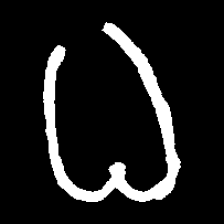
Pyu character \u2014 Myanmar letter: ဓ (romanized: dha)